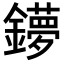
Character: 𨮒